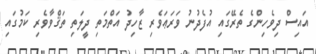
އައިސް ދިވެހިންގެ ތެރޭގައި އުފެދުނު ވަރަޢަވެރި ޒާހިދު އަތްމަތި ދީލަތި ތަޤްވާވެރި ކަމުގައި